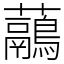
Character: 虉